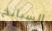
السبانخ